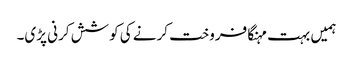
ہمیں بہت مہنگا فروخت کرنے کی کوشش کرنی پڑی۔